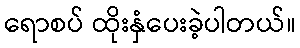
ရောစပ် ထိုးနှံပေးခဲ့ပါတယ်။